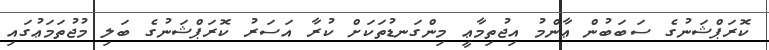
ކޮރަޕްޝަނުގެ ސަބަބުން ޢާންމު އިޖުތިމާޢީ މިންގަނޑުތަކަށް ކުރާ އަސަރު ކޮރަޕްޝަނުގެ ބަލި މުޖުތަމަޢުގައި